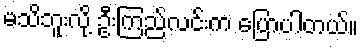
မသိဘူးလို့ ဦးကြည်လင်းက ပြောပါတယ်။